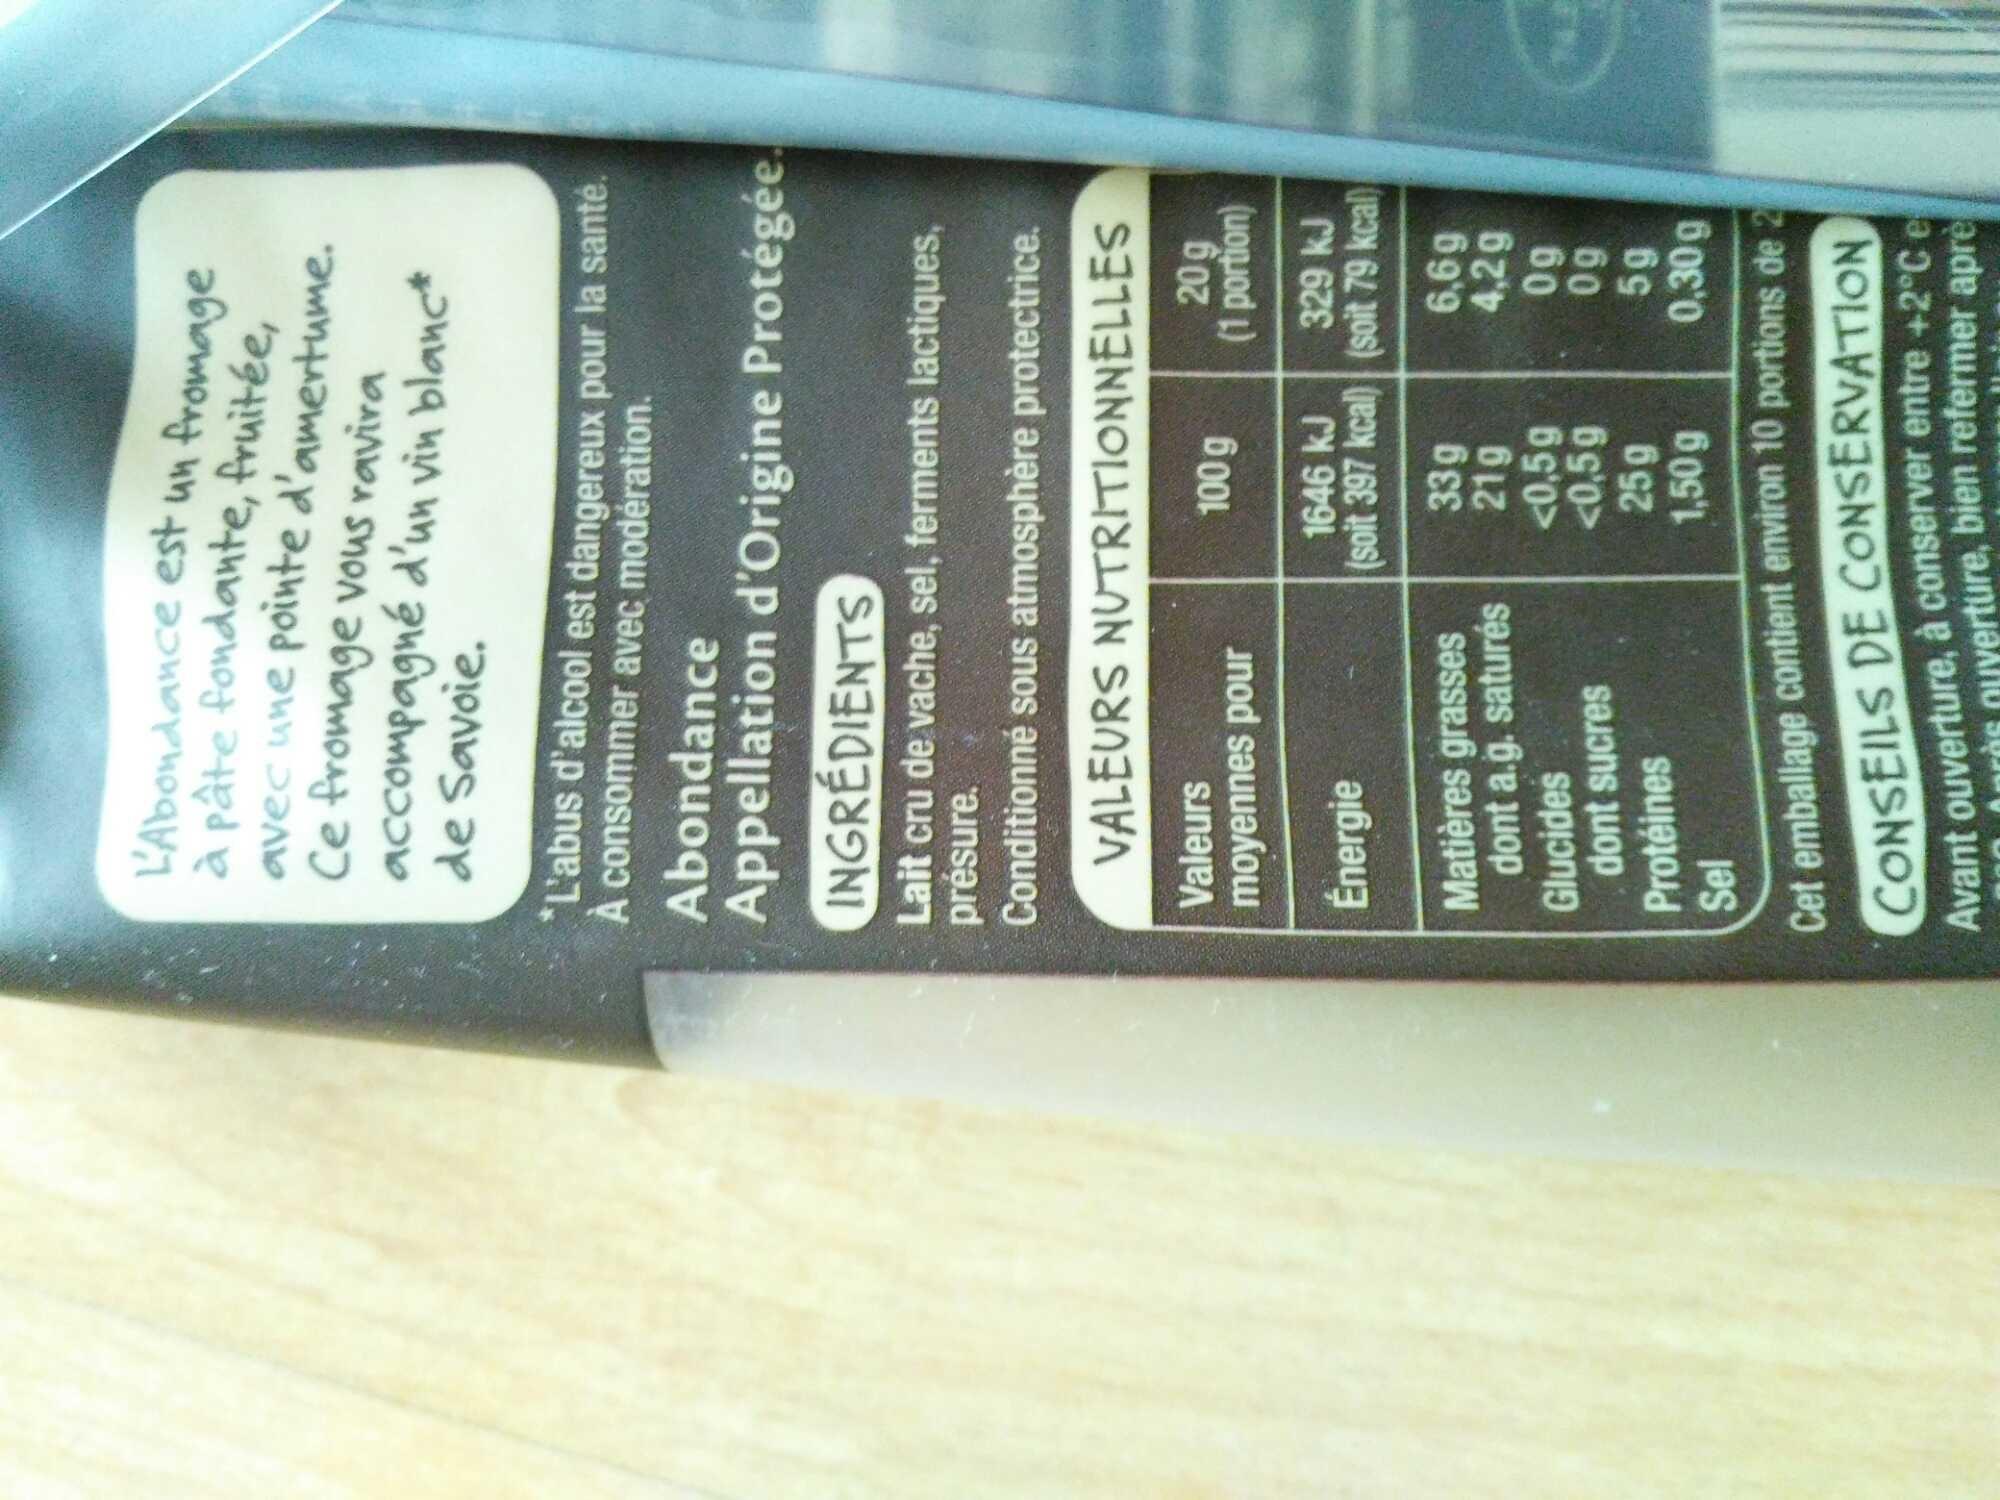
L'Abondance est un fromage à pâte fondante, fruitée, avec une pointe d'amertume. Ce fromage vous ravira accompagné d'un vin blanc de Savoie.
"L'abus d'alcool est dangereux pour la santé. A consommer avec modération.
Abondance
Appellation d'Origine Protégée.
INGREDIENTS
Lait cru de vache, sel, ferments lactiques, présure.
Conditionné sous atmosphère protectrice.
VALEURS NUTRITIONNELLES
100 g
Valeurs
moyennes pour
Énergie
Matières grasses
dont a.g. saturés
Glucides
dont sucres
1646 kJ
(soit 397 kcal)
Protéines
Sel
33 g
21g
<0,5 g
<0,5g
09
09
5g
0,30 g
Cet emballage contient environ 10 portions de 2
20g (1 portion)
25 g
1,50 g
329 kJ
(soit 79 kcal)
6,6g
4,29
CONSEILS DE CONSERVATION Avant ouverture, à conserver entre +2°C e près ouverture, bien refermer aprè